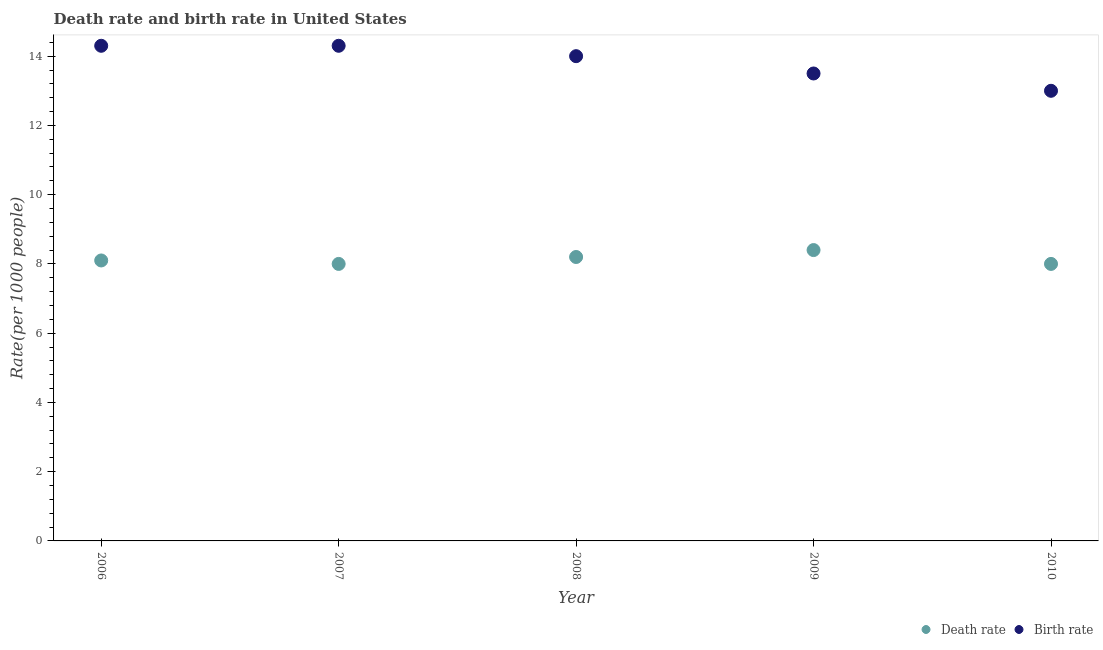
| Year | Death rate | Birth rate |
 | --- | --- | --- |
 | 2006 | 8.1 | 14.3 |
 | 2007 | 8 | 14.3 |
 | 2008 | 8.2 | 14 |
 | 2009 | 8.4 | 13.5 |
 | 2010 | 8 | 13 |